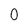
Character: 0